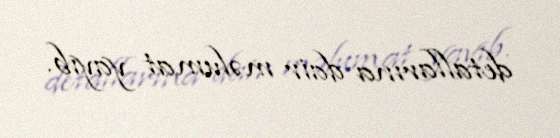
detallarına dair məlumat yayıb.